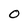
Character: O